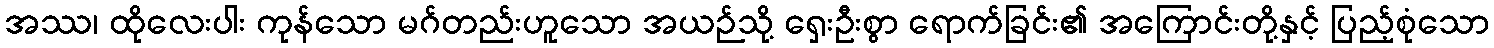
အဿ၊ ထိုလေးပါး ကုန်သော မဂ်တည်းဟူသော အယဉ်သို့ ရှေးဦးစွာ ရောက်ခြင်း၏ အကြောင်းတို့နှင့် ပြည့်စုံသော